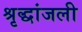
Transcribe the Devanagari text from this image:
श्रृद्धांजली